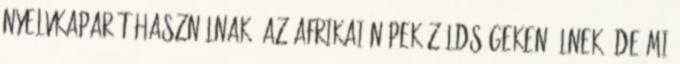
nyelvkaparót használnak. Az afrikai népek zöldségeken élnek. De mi